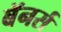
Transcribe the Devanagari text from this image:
बॅनर्स